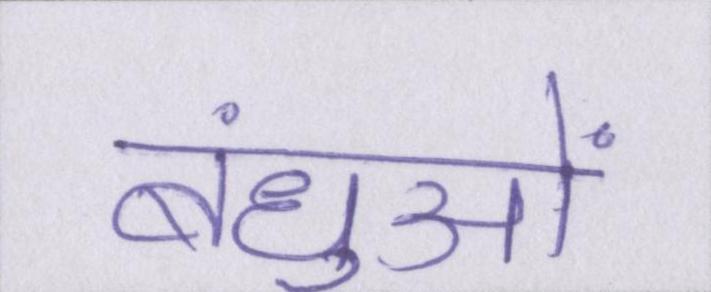
बंधुओं